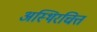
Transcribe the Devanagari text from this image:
अस्थिरचित्त